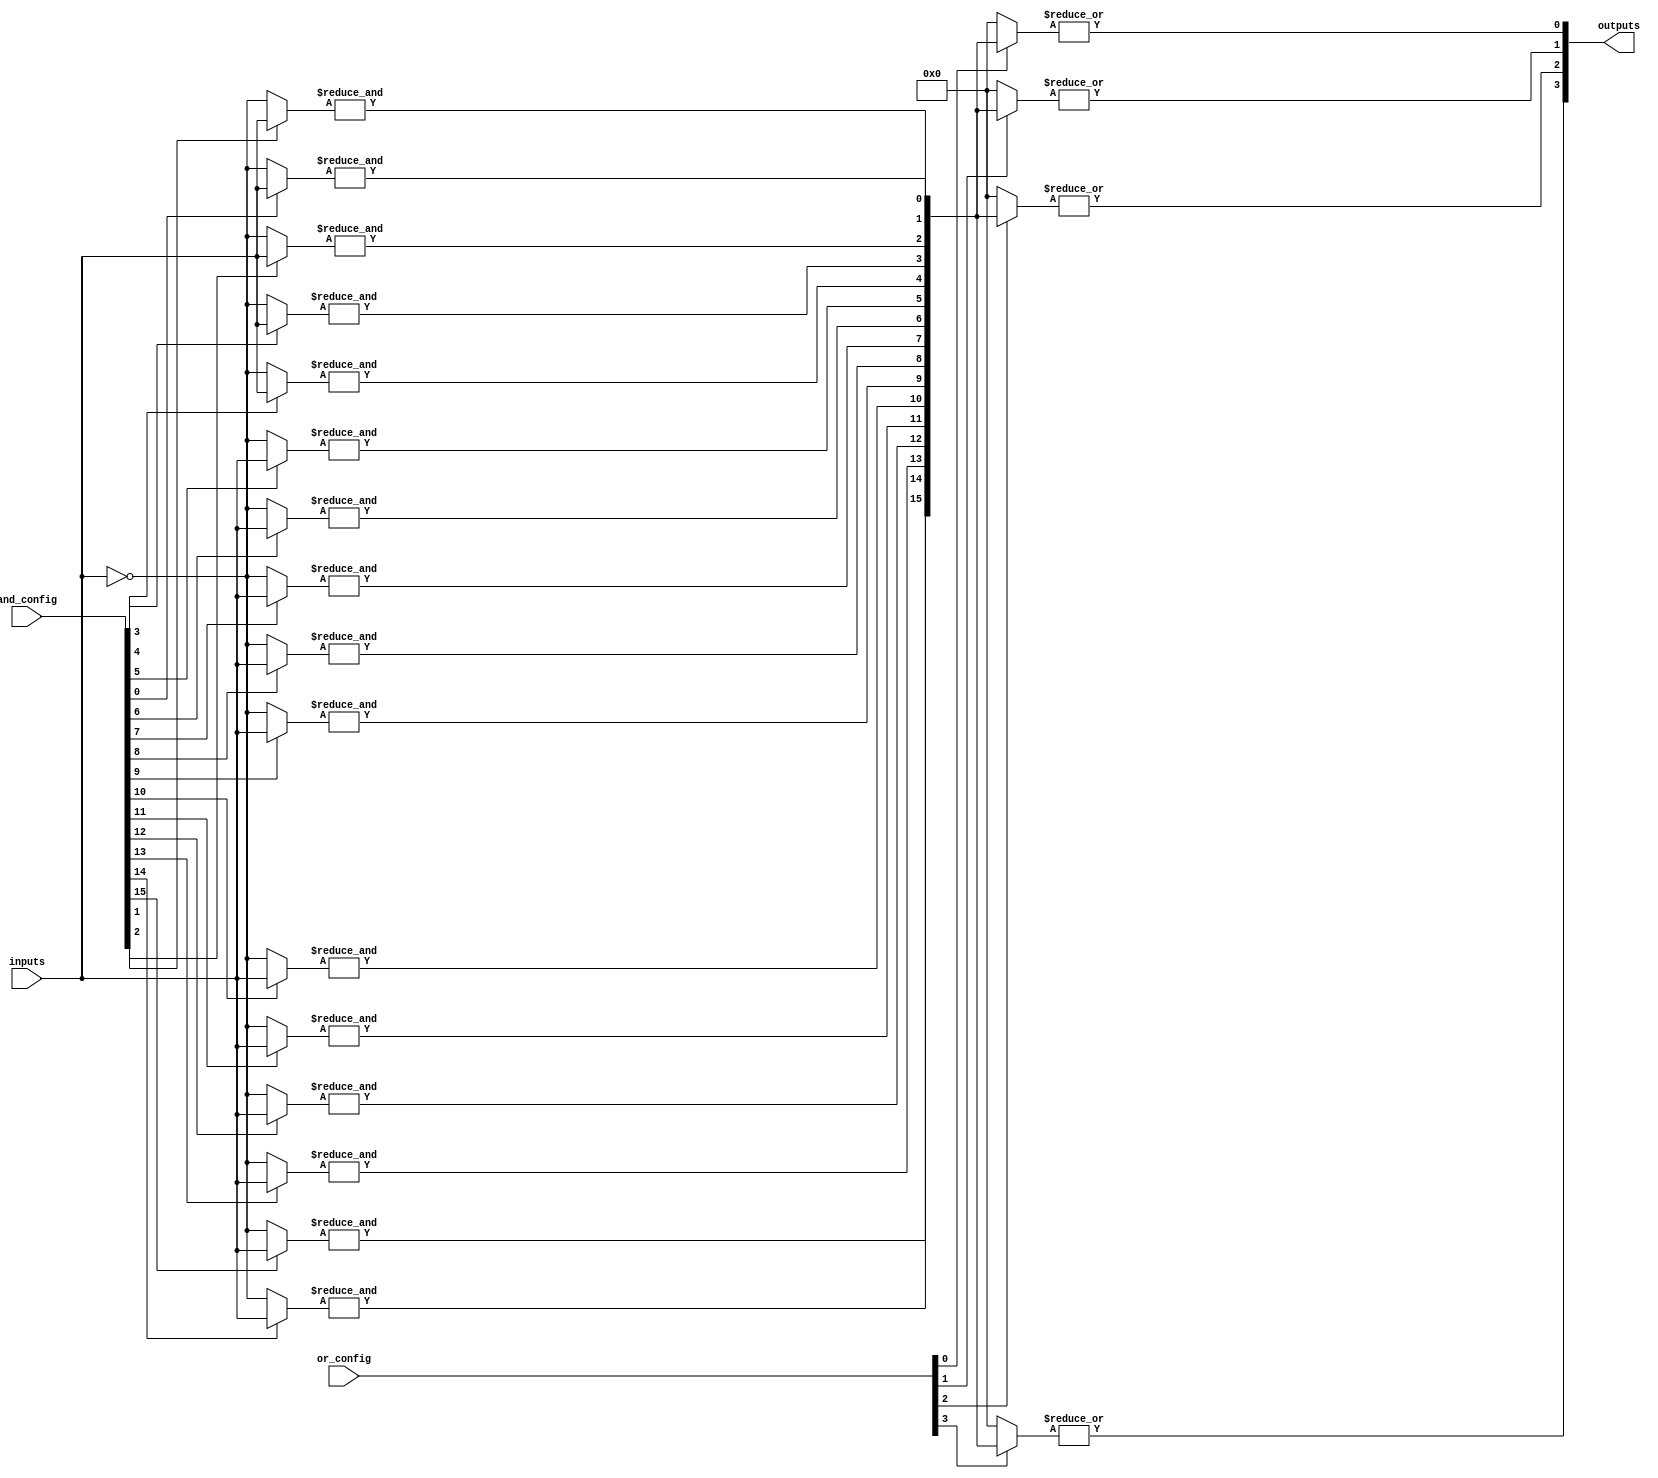
module SPAL #(
    parameter NUM_INPUTS = 8,      // Number of input lines
    parameter NUM_PRODUCT_TERMS = 16, // Number of product terms
    parameter NUM_OUTPUTS = 4       // Number of output lines
)(
    input wire [NUM_INPUTS-1:0] inputs, // Input lines
    input wire [NUM_PRODUCT_TERMS-1:0] and_config, // Configuration for AND array
    input wire [NUM_PRODUCT_TERMS-1:0] or_config,  // Configuration for OR array
    output wire [NUM_OUTPUTS-1:0] outputs // Output lines
);

// Internal wires for product terms
wire [NUM_PRODUCT_TERMS-1:0] product_terms;

// Generate product terms using programmable AND array
genvar i, j;
generate
    for (i = 0; i < NUM_PRODUCT_TERMS; i = i + 1) begin : and_array
        wire [NUM_INPUTS-1:0] and_inputs;
        assign and_inputs = (and_config[i]) ? inputs : ~inputs; // Use config to select inputs/complements
        assign product_terms[i] = &and_inputs; // AND all selected inputs
    end
endgenerate

// Generate final outputs using programmable OR array
genvar k;
generate
    for (k = 0; k < NUM_OUTPUTS; k = k + 1) begin : or_array
        wire [NUM_PRODUCT_TERMS-1:0] selected_terms;
        assign selected_terms = (or_config[k]) ? product_terms : 0; // Use config to select product terms
        assign outputs[k] = |selected_terms; // OR all selected product terms
    end
endgenerate

endmodule